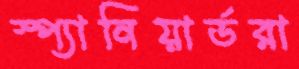
স্প্যানিয়ার্ডরা